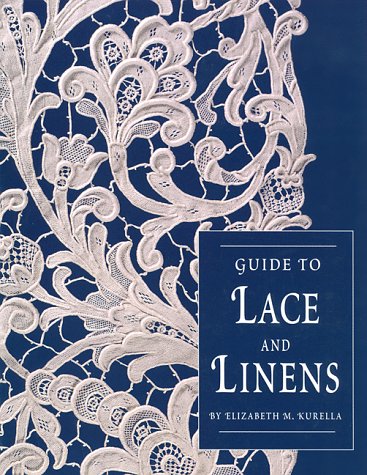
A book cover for Guide to Lace and Linens; Elizabeth M. Kurella; Crafts, Hobbies & Home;